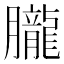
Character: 朧